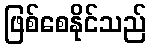
ဖြစ်စေနိုင်သည်